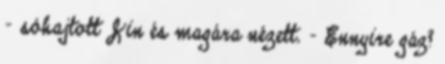
- sóhajtott Jin és magára nézett. - Ennyire gáz?